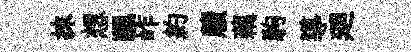
抹想颿岞約牘藕駒導廻